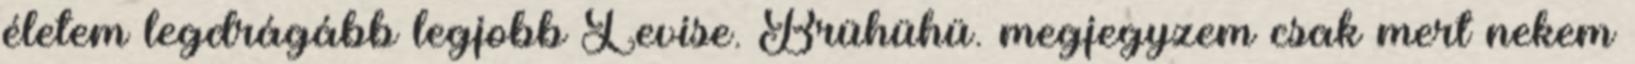
életem legdrágább legjobb Levise. Brühühü. megjegyzem csak mert nekem